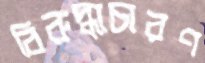
বিরুদ্ধাচারণ